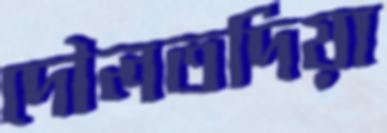
দৌলতদিয়া